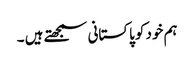
ہم خود کو پاکستانی سمجھتے ہیں ۔